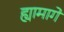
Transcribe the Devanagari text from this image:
ह्यामागे